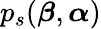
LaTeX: p_{s}({\boldsymbol{\beta}},{\boldsymbol{\alpha}})